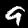
Digit: 9